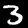
Label: 3